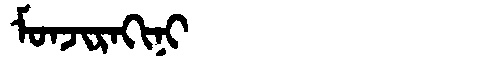
Manchu: ᠮᠣᠨᠵᡳᡵᠠᡴᡳᠨᡳ
Romanization: MONJIRAKINI